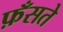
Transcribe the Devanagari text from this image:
फ़ँसते